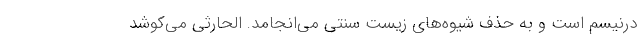
درنيسم است و به حذف شيوه‌هاي زيست سنتي مي‌انجامد. الحارثي مي‌كوشد